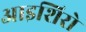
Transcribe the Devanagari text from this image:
आइशिरो